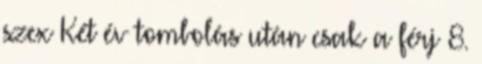
szex Két év tombolás után csak a férj 8.